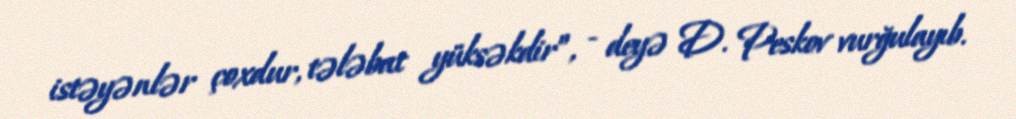
istəyənlər çoxdur, tələbat yüksəkdir”, - deyə D. Peskov vurğulayıb.